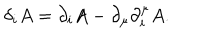
\delta _ { i } A = \partial _ { i } A - \partial _ { \mu } \partial _ { i } ^ { \mu } A .